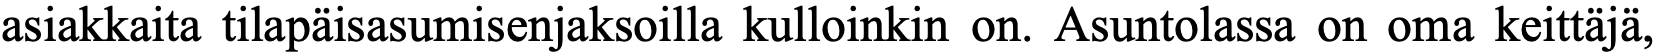
asiakkaita tilapäisasumisenjaksoilla kulloinkin on. Asuntolassa on oma keittäjä,